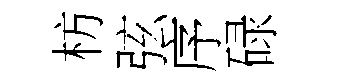
枋弦序碌